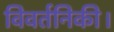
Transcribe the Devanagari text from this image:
विवर्तनिकी।